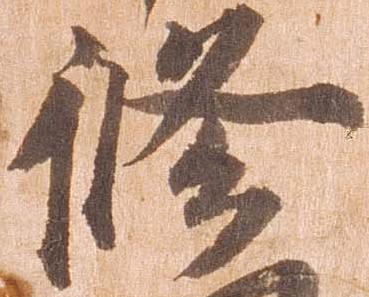
修